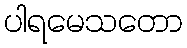
ပါရမေသတော